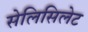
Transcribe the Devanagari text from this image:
सेलिसिलेट